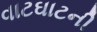
વાટઘાટની